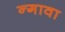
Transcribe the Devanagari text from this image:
न्गावा